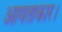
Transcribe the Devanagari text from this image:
आयताकार।